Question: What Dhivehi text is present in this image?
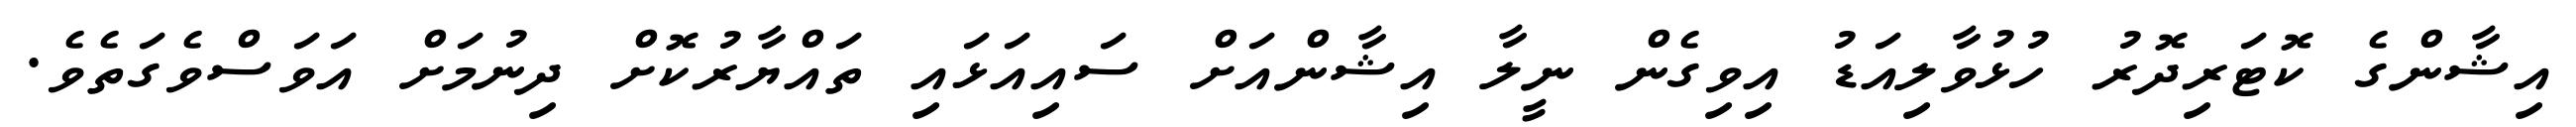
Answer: އިޝާންގެ ކޮޓަރިދޮރު ހުޅުވާލިއަޑު އިވިގެން ނީލާ އިޝާންއަށް ސައިއަޅައި ތައްޔާރުކޮށް ދިނުމަށް އަވަސްވެގަތެވެ.